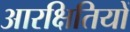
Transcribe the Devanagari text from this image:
आरक्षितियों